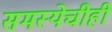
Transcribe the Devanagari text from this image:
समस्येचीही